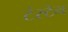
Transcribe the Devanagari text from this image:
टंस्टेन